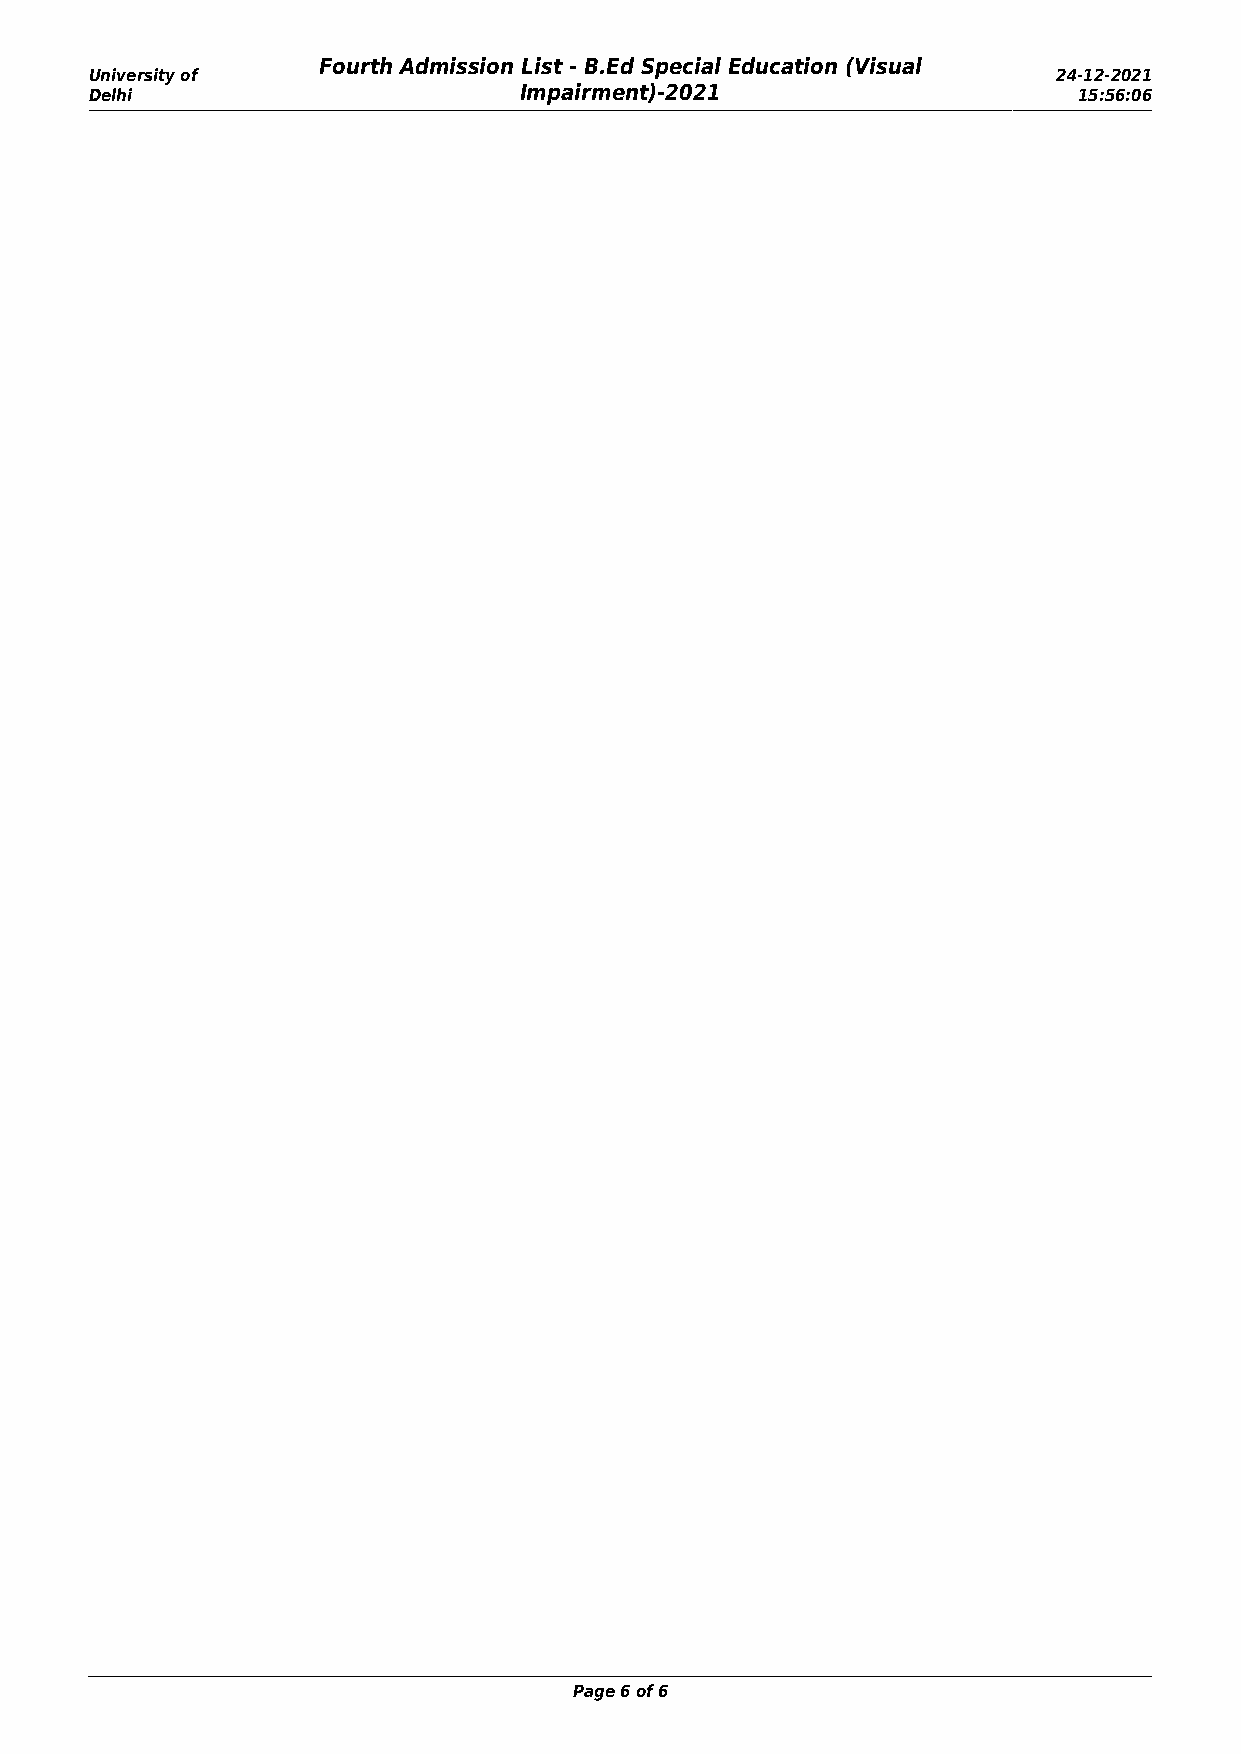
Fourth Admission List - B.Ed Special Education (Visual
 University of                                                   24-12-2021
 Delhi                       Impairment)-2021                     15:56:06
 Page 6 of 6